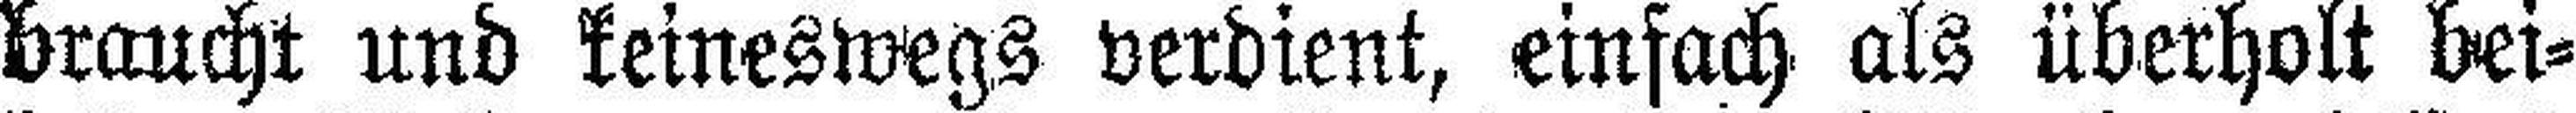
braucht und keineswegs verdient, einfach als überholt bei¬